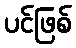
ပင်ဖြစ်